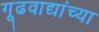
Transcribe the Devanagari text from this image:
गूढवाद्यांच्या